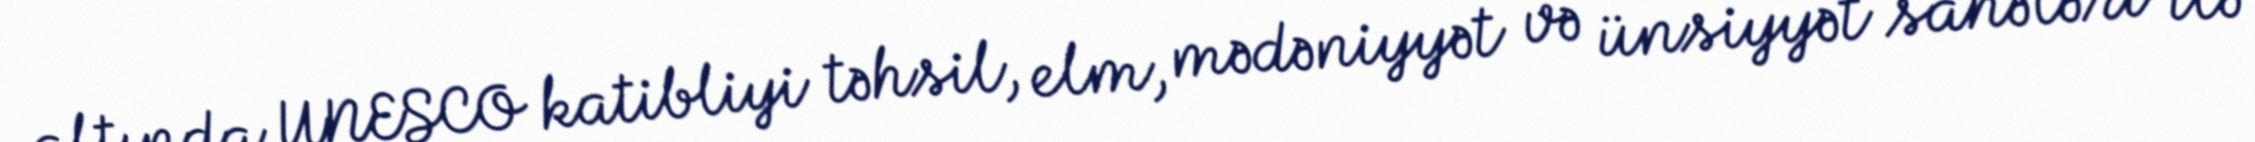
altında UNESCO katibliyi təhsil, elm, mədəniyyət və ünsiyyət sahələri ilə